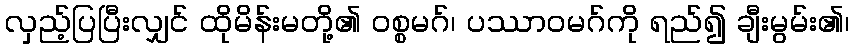
လှည့်ပြပြီးလျှင် ထိုမိန်းမတို့၏ ဝစ္စမဂ်၊ ပဿာဝမဂ်ကို ရည်၍ ချီးမွမ်း၏၊